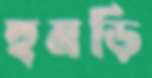
হুমড়ি